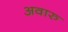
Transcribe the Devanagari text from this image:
अवारु